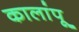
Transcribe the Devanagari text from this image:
कालांपू